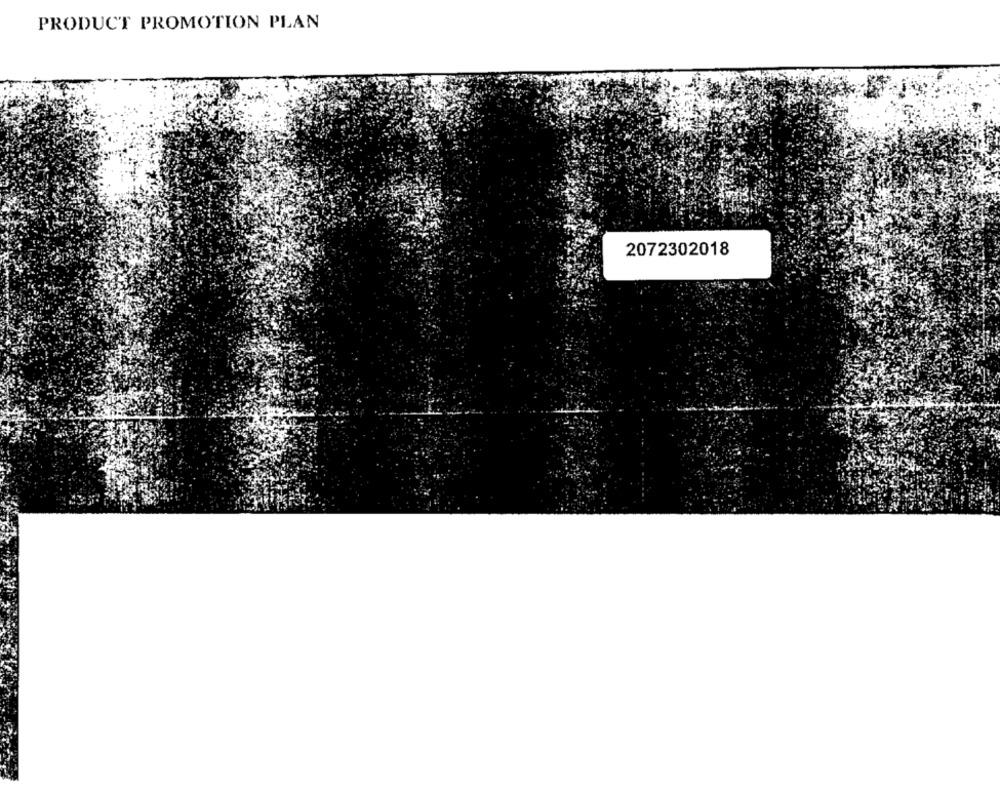
PRODUCT PROMOTION PLAN
2072302018